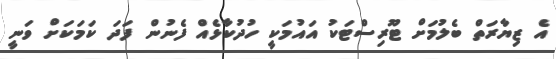
އެ ޒިޔާރަތް ބެލުމަށް ޓޫރިސްޓަކު އައުމަކީ ހުދުކާޅެއް ފެނުން ފަދަ ކަމަކަށް ވަނީ